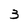
Character: 3